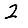
Digit: 2